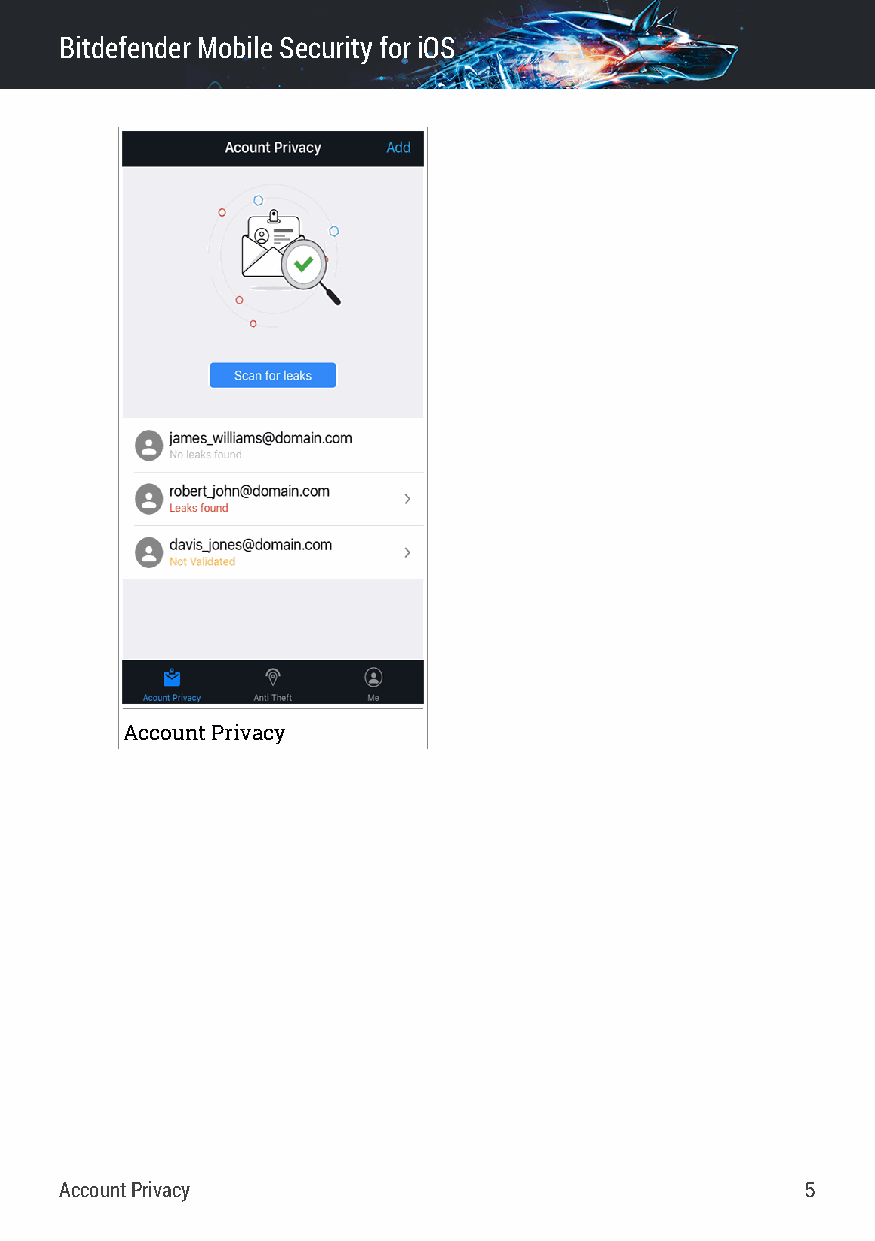
BitdefenderMobileSecurityfor iOS
 AccountPrivacy
 AccountPrivacy                                   5